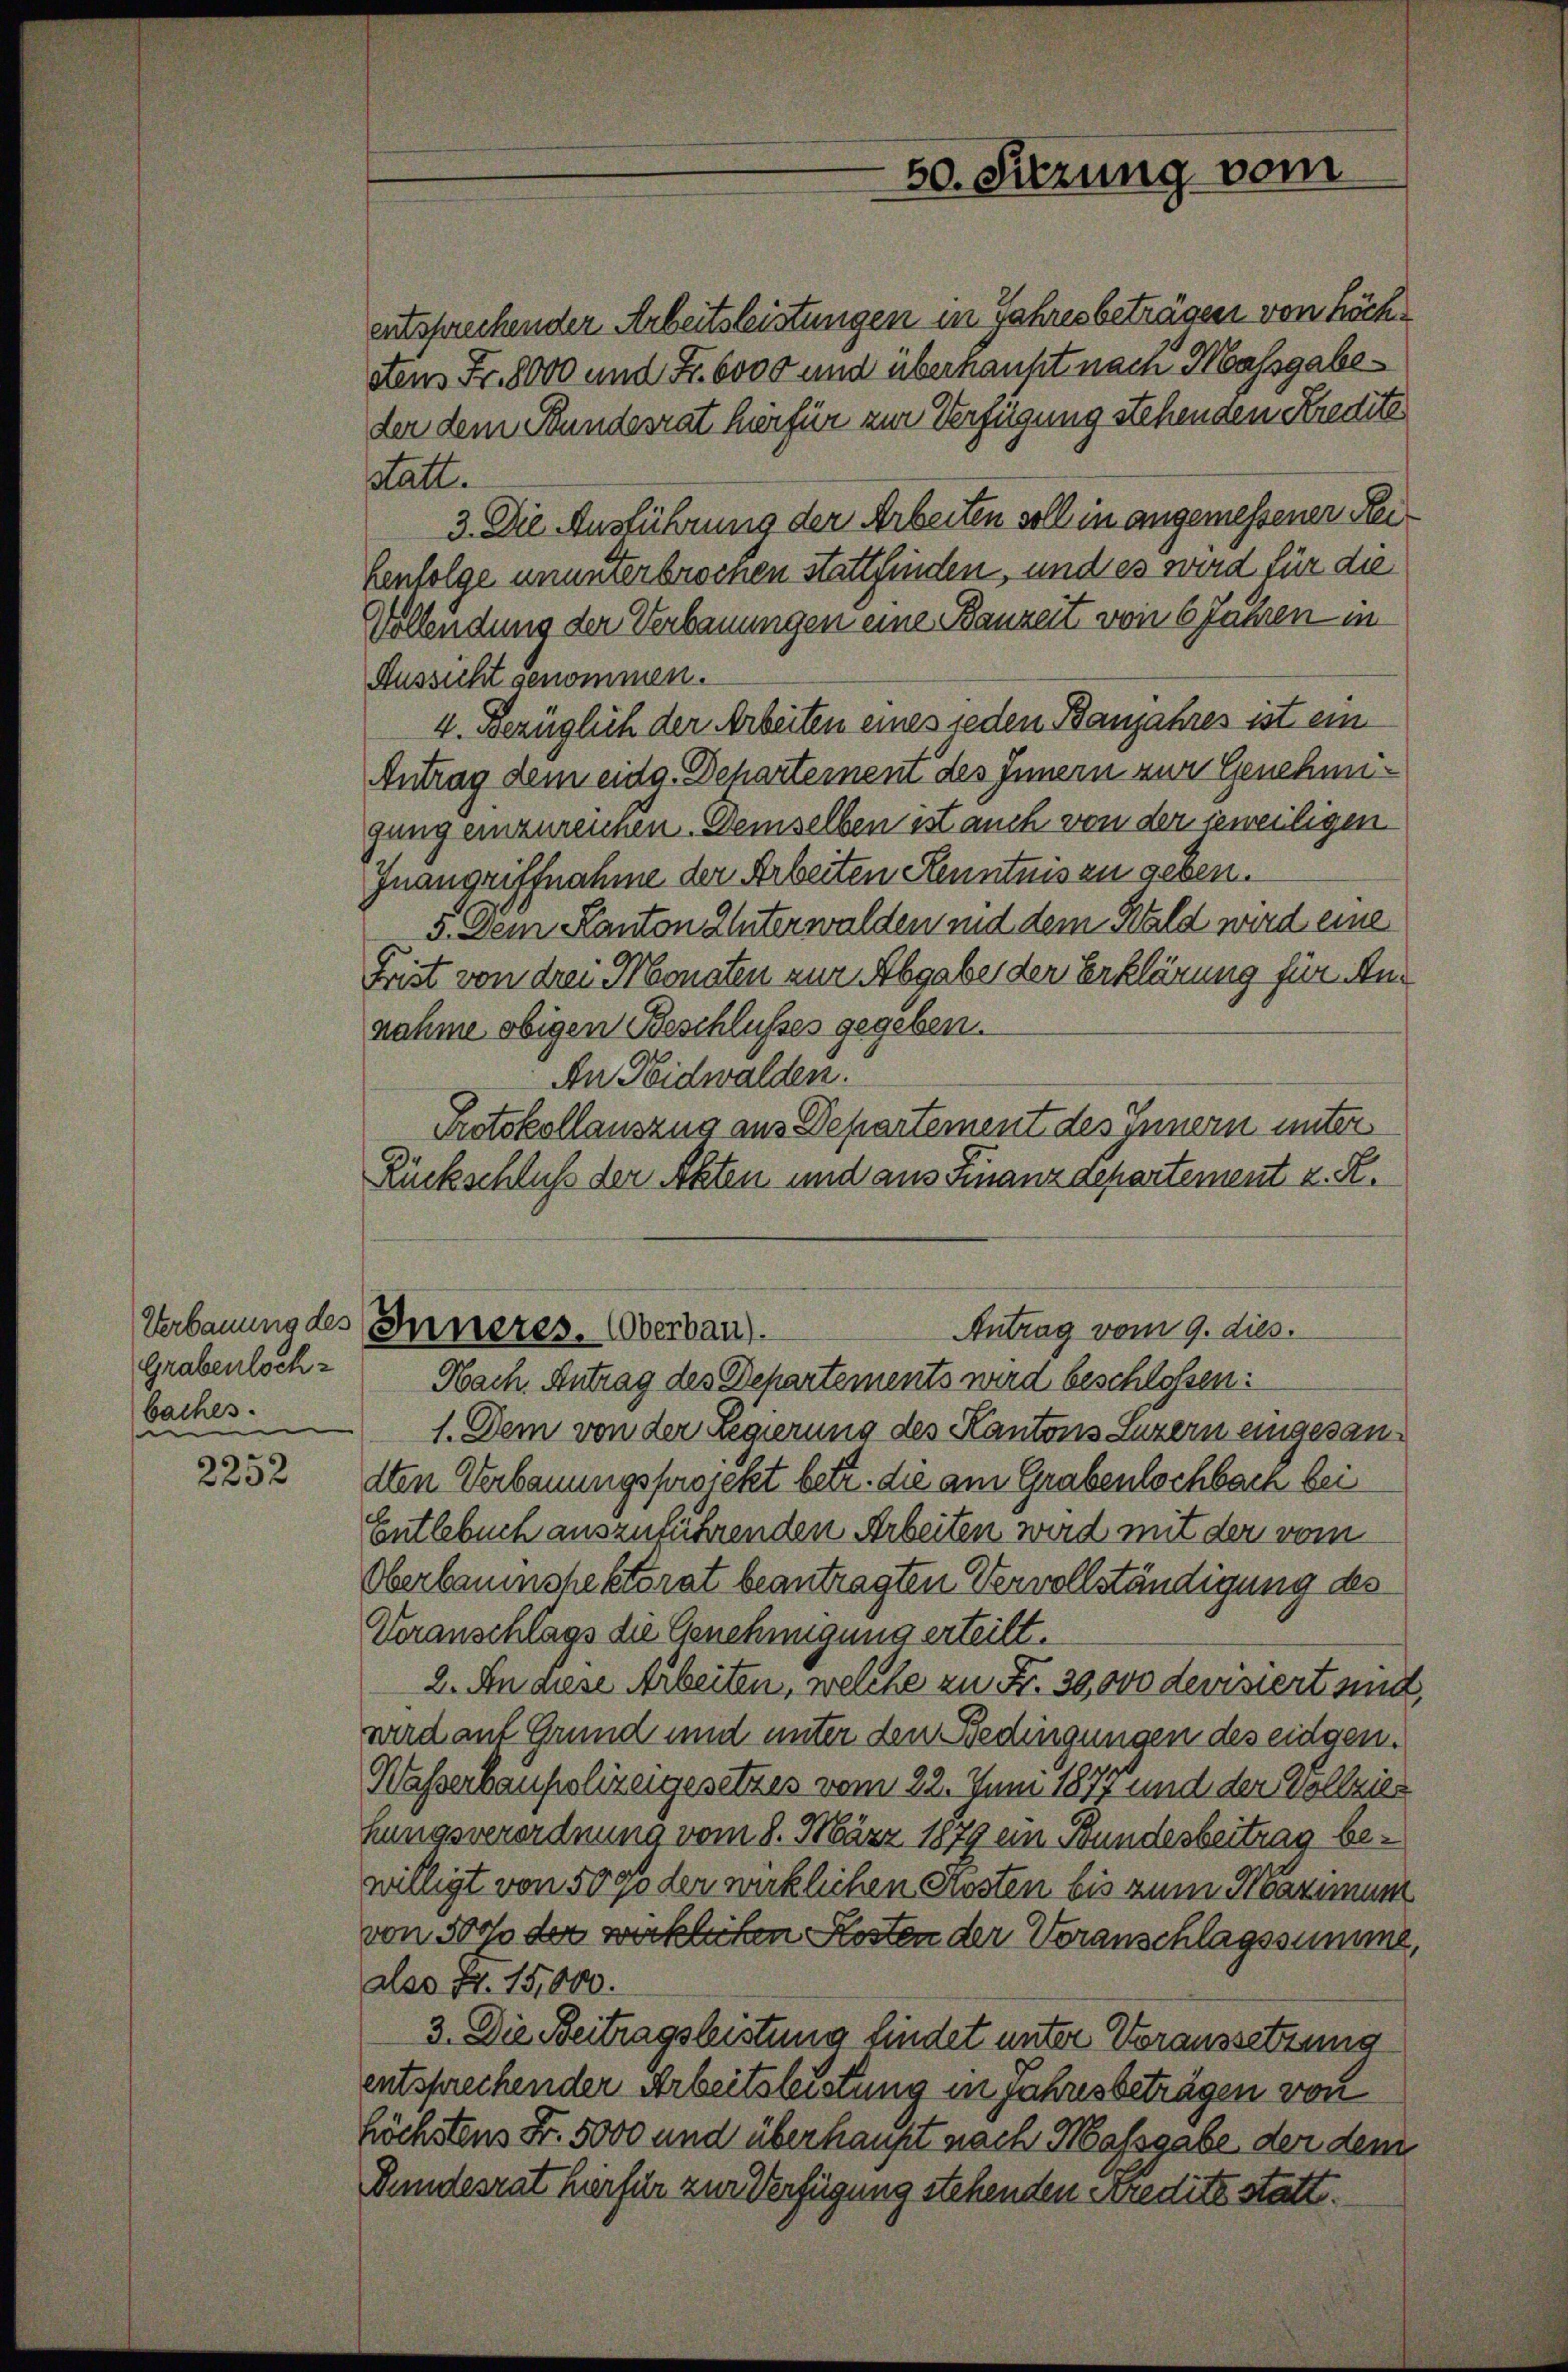
Grabenloch-
baches.

2252

entsprechender Arbeitsleistungen in Jahresbeträgen von höchstens Fr. 8000 und Fr. 6000 und überhaupt nach Massgabeder dem Bundesrat hirfür zur Verfügung stehenden Kredite
statt.
3. Die Ausführung der Arbeiten soll in angemessenen Rei
Eenfolge ununterbrochen stattfinden, und es wird für die
Vollendung der Verbauungen eine Bauzeit von 6 Jahren in
Aussicht genommen.
4. Bezüglich der Arbeiten eines jeden Banjahres ist ein
Antrag dem eidg. Departement des Innern zur Genehmigung einzureichen. Demselben ist auch von der jeweiligen
Inangriffnahme der Arbeiten Kenntnis zu geben.
5. Dem Kanton Unterwalden mit dem Wald wird eine
Frist von drei Monaten zur Abgaber der Erklärung für Annahme obigen Beschlußes gegeben.
An Nidwalden.
Protokollauszug aus Departement des Innern unter
Rückschluß der Akten und aus Finanzdepartement z. R.
Verbauung des Inneres. Oberbau).
Antrag vom 9. dies
Hach. Antrag des Departements wird beschlossen:
1. Dem von der Regierung des Kantons Luzern eingesandten Verbauungsprojekt betr. die am Grabenlochbach bei
Entlebuch auszuführenden Arbeiten wird mit der vom
Oberbaumshektorat beantragten Vervollständigung des
Veranschlags die Genehmigung erteilt.
2. An diese Arbeiten, welche zu Fr. 30,000 devisiert und
wird auf Grund und unter den Bedingungen des eidgen.
Wasserbaupolizeigesetzes vom 22. Juni 1877 und der Vollzie
hungsverordnung vom 8. März 1879 ein Bundesbeitrag bewilligt von 500 der wirklichen Kosten bis zum Maximum
von 50 der wirklichen Kosten der Voranschlagssumme,
alss Fr. 15,000.
3. Die Beitragsleistung findet unter Voraussetzung
entsprechender Arbeitsleistung in Jahresbeträgen von
höchstens Fr. 5000 und überhaupt nach Massgabe der dem
Bundesrat hirfür zur Verfügung stehenden Kredite statt.

50. Sitzung vom